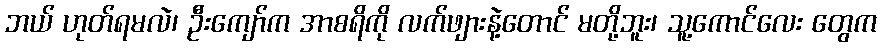
ဘယ် ဟုတ်ရမလဲ၊ ဦးကျော်က အာစရိကို လက်ဖျားနဲ့တောင် မတို့ဘူး၊ သူ့ကောင်လေး တွေက